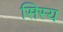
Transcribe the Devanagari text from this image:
सिस्य